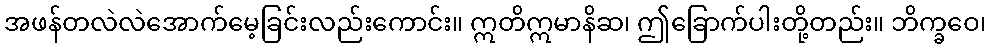
အဖန်တလဲလဲအောက်မေ့ခြင်းလည်းကောင်း။ ဣတိဣမာနိဆ၊ ဤခြောက်ပါးတို့တည်း။ ဘိက္ခဝေ၊